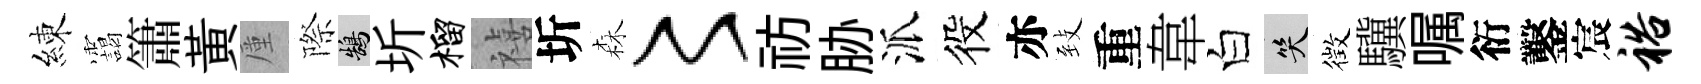
練靄簫黄厪際鵠圻榴禧圻森〻祊胁派役亦𦤺重韋白笑徴驥嘱衍鑿宸裕